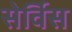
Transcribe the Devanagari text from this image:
सेर्विस